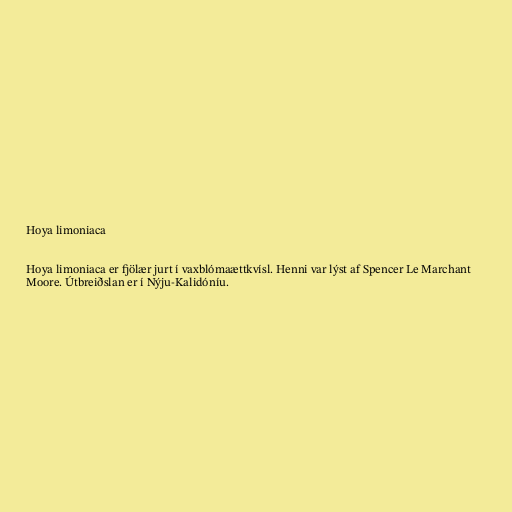
Hoya limoniaca

Hoya limoniaca er fjölær jurt í vaxblómaættkvísl. Henni var lýst af Spencer Le Marchant
Moore. Útbreiðslan er í Nýju-Kalidóníu.